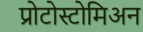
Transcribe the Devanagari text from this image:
प्रोटोस्टोमिअन